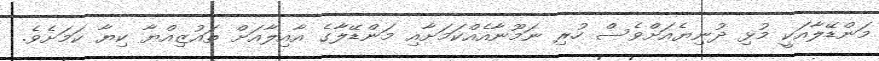
މަންޑޭލާއަކީ މުޅި ދުނިޔެއަށްވެސް ހުރި ނަމޫނާއެއްކަމަށާއި މަންޑޭލާގެ އާއިލާއަށް ތައުޒިއްޔާ ކިޔާ ކަމަށެވެ.